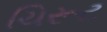
ચિરૂટ